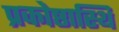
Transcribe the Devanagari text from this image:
प्रकोष्ठास्थि